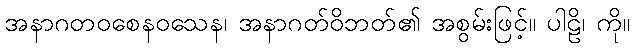
အနာဂတဝစေနဝသေန၊ အနာဂတ်ဝိဘတ်၏ အစွမ်းဖြင့်။ ပါဠိ၊ ကို။